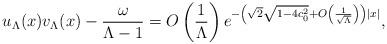
LaTeX: \begin{align*} u_\Lambda(x)v_\Lambda(x)-\frac{\omega}{\Lambda-1}=O\left(\frac{1}{\Lambda}\right)e^{-\left(\sqrt{2}\sqrt{1-4c_0^2}+O\left(\frac{1}{\sqrt{\Lambda}}\right)\right)|x|},\end{align*}